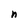
Character: n